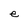
Character: e